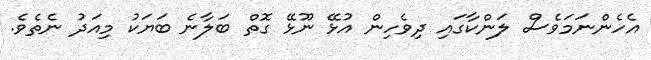
އެހެންނަމަވެސް ލަންކާގައި ދިވެހިން އުޅޭ ނޫޅޭ ގޮތް ބަލާނެ ބަޔަކު މިއަދު ނެތެވެ.